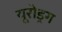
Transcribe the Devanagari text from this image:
यूरोड्रग